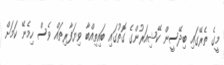
މީގެ ތެރޭގައި ބިދޭސީން ކޭޝިއަރުންގެ ގޮތުގައި ބައިތިއްބާ ވިޔަފާރިތައް ވެސް ހިމެނޭ ކަމަށް